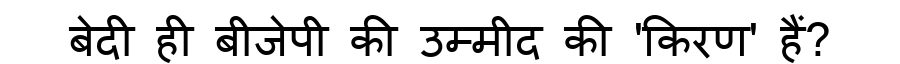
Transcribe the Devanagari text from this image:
बेदी ही बीजेपी की उम्मीद की 'किरण' हैं?